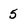
Character: 5